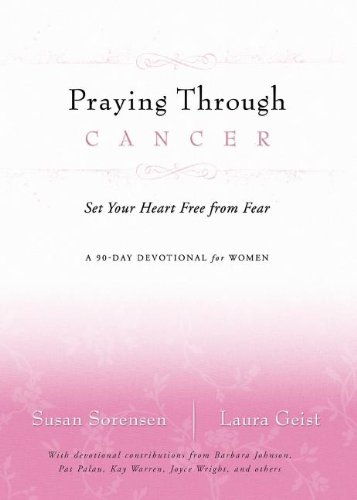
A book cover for Praying Through Cancer: Set Your Heart Free from Fear: A 90-Day Devotional for Women; Susan Sorensen; Health, Fitness & Dieting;